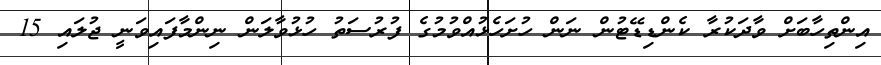
އިންތިހާބަށް ވާދަކުރާ ކެންޑިޑޭޓުން ނަން ހުށަހެޅުއްވުމުގެ ފުރުސަތު ހުޅުވާލަން ނިންމާފައިވަނީ ޖުލައި 15